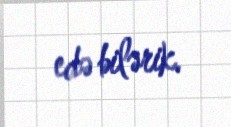
edə bilərik.